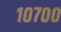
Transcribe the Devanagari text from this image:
१०७००